Indian journal of veterinary science and animal husbandry - Volumes 15-17, 1948-1951
Year: 1948
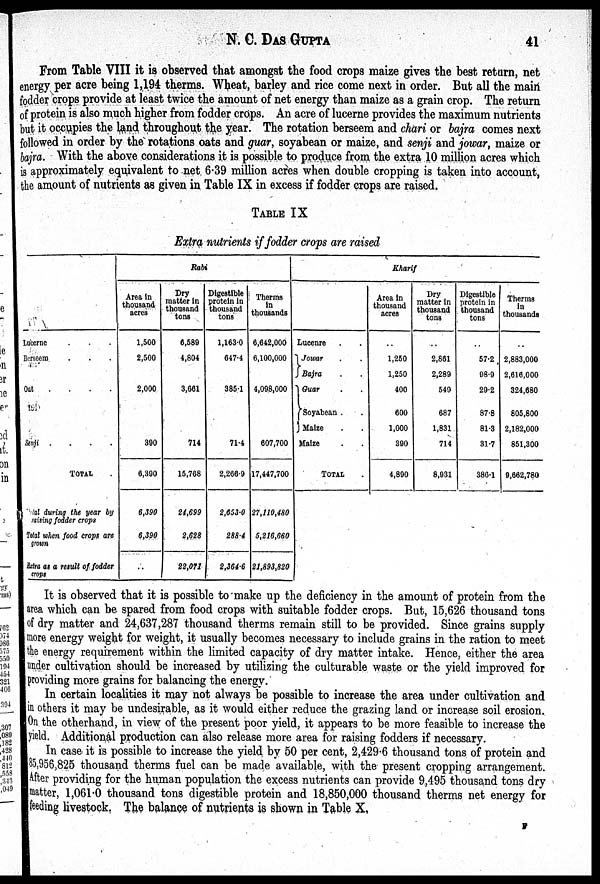
N. C. DAS GUPTA 41
From Table VIII it is observed that amongst the food crops maize gives the best return, net
energy per acre being 1,19.4 therms. Wheat, barley and rice come next in order. But all the main
fodder crops provide at least twice the amount of net energy than maize as a grain crop. The return
of protein is also much higher from fodder crops. An acre of lucerne provides the maximum nutrients
but it occupies the land throughout the year. The rotation berseem and chari or bajra comes next
followed in order by the rotations oats and guar, soyabean or maize, and senji and jowar, maize or
bajra. With the above considerations it is possible to produce from the extra 10 million acres which
is approximately equivalent to net 6.39 million acres when double cropping is taken into account,
the amount of nutrients as given in Table IX in excess if fodder crops are raised.
TABLE IX
Extra nutrients if fodder crops are raised
Lucerne . . .
Berseem . . .
Oat
.
.
. .
Senji .
.
.
.
TOTAL
Total during the year by
raising fodder crops
Total when food crops are
grown
Extra at a result of fodder
crops
Rabi
Area in
thousand
acres
1,500
2,500
2,000
390
6,390
6,390
6,390
..
Dry
matter in
thousand
tons
6,589
4,804
3,661
714
15,768
24,699
2,628
22,071
Digestible
protein in
thousand
tons
1,163.0
647.4
385.1
71.4
2,266.9
2,653.0
288.4
2,364.6
Therms
in
thousands
6,642,000
6,100,000
4,098,000
607,700
17,447,700
27,110,480
5,216,660
21,893,820
Kharif
Lucenre . .
Jowar . .
Bajra . .
Guar . .
Soyabean . .
J Maize . .
Maize . .
TOTAL .
Area in
thousand
aores
..
1,250
1,250
400
600
1,000
390
4,890
Dry
matter in
thousand
tons
..
2,861
2,289
549
687
1,831
714
8,931
Digestible
protein in
thousand
tons
..
57.2
98.9
29.2
87.8
81.3
31.7
386.1
Therms
in
thousands
..
2,883,000
2,616,000
324,680
805,800
2,182,000
851,300
9,662,780
It is observed that it is possible to make up the deficiency in the amount of protein from the
area which can be spared from food crops with suitable fodder crops. But, 15,626 thousand tons
of dry matter and 24,637,287 thousand therms remain still to be provided. Since grains supply
more energy weight for weight, it usually becomes necessary to include grains in the ration to meet
the energy requirement within the limited capacity of dry matter intake. Hence, either the area
under cultivation should be increased by utilizing the culturable waste or the yield improved for
providing more grains for balancing the energy.
In certain localities it may not always be possible to increase the area under cultivation and
in others it may be undesirable, as it would either reduce the grazing land or increase soil erosion.
On the otherhand, in view of the present poor yield, it appears to be more feasible to increase the
yield. Additional production can also release more area for raising fodders if necessary.
In case it is possible to increase the yield by 50 per cent, 2,429.6 thousand tons of protein and
85,956,825 thousand therms fuel can be made available, with the present cropping arrangement.
After providing for the human population the excess nutrients can provide 9,495 thousand tons dry
matter, 1,061.0 thousand tons digestible protein and 18,850,000 thousand therms net energy for
feeding livestock. The balance of nutrients is shown in Table X.
F